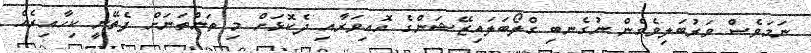
ނަމަވެސް ވަރުބަލިވެގެން ނުގެނބި ގްލޯބަލައިޒޭޝަންގެ އޮއިވަރާއި ދެކޮޅަށް މި ތަންތަނަށް ފެތޭނީ ކިހާއިރެއް